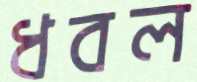
ধবল